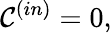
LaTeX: {\cal C}^{(in)}=0,